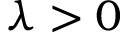
\lambda > 0